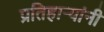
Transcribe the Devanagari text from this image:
प्रतिहार्‍यांनी